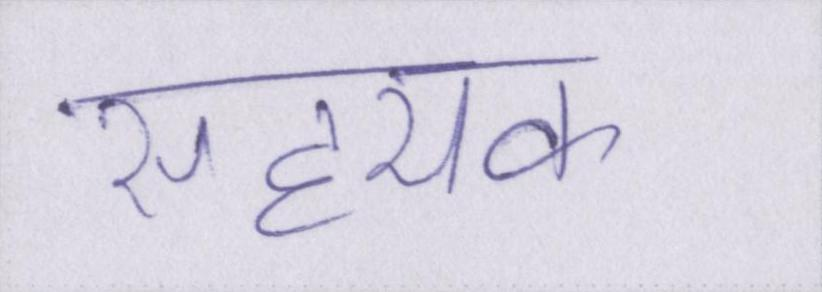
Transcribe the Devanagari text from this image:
सहयक